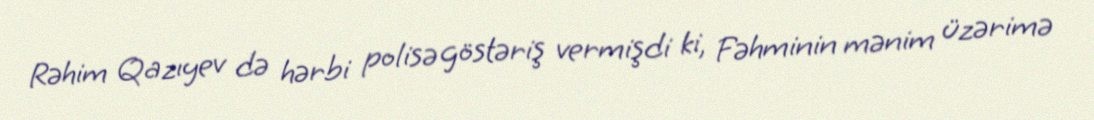
Rəhim Qazıyev də hərbi polisə göstəriş vermişdi ki, Fəhminin mənim üzərimə